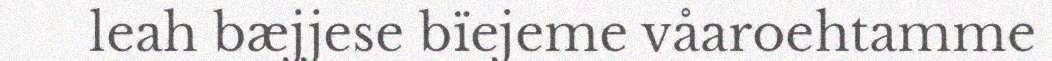
leah bæjjese bïejeme våaroehtamme